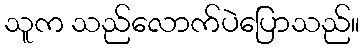
သူက သည်လောက်ပဲပြောသည်။